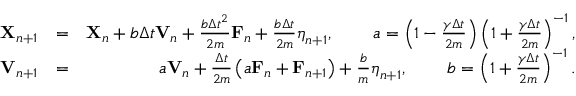
\begin{array} { r l r } { \mathbf { X } _ { n + 1 } } & { = } & { \mathbf { X } _ { n } + b \Delta { t } \mathbf { V } _ { n } + \frac { b \Delta { t } ^ { 2 } } { 2 m } \mathbf { F } _ { n } + \frac { b \Delta { t } } { 2 m } \boldsymbol { \eta } _ { n + 1 } , \; \; \; \; \; \; \; \; a = \left( { 1 - \frac { \gamma \Delta { t } } { 2 m } } \right) \left( { 1 + \frac { \gamma \Delta { t } } { 2 m } } \right) ^ { - 1 } , } \\ { \mathbf { V } _ { n + 1 } } & { = } & { a \mathbf { V } _ { n } + \frac { \Delta { t } } { 2 m } \left( a \mathbf { F } _ { n } + \mathbf { F } _ { n + 1 } \right) + \frac { b } { m } \boldsymbol { \eta } _ { n + 1 } , \; \; \; \; \; \; \; \; b = \left( { 1 + \frac { \gamma \Delta { t } } { 2 m } } \right) ^ { - 1 } . } \end{array}